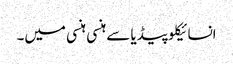
انسائیکلو پیڈیا سے	ہنسی ہنسی میں۔